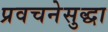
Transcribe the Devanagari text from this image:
प्रवचनेसुद्धा